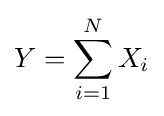
Y=\sum _{i=1}^{N}X_{i}